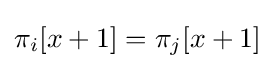
\pi _{i}[x+1]=\pi _{j}[x+1]